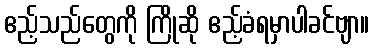
ဧည့်သည်တွေကို ကြိုဆို ဧည့်ခံရမှာပါခင်ဗျာ။